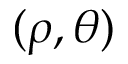
( \rho , \theta )